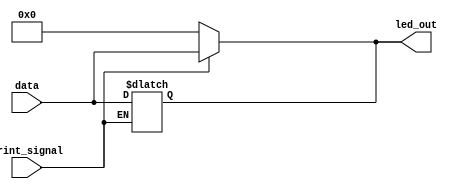
module led_ctrl(
    input print_signal,
    input [15:0] data,
    output wire [15:0] led_out
    );
    
    assign led_out = (print_signal) ? data : 16'b0; 
    
    always @ (*) 
        if (print_signal == 1) 
            led_out = data; 
endmodule